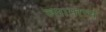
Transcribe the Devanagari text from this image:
व्सामान्य